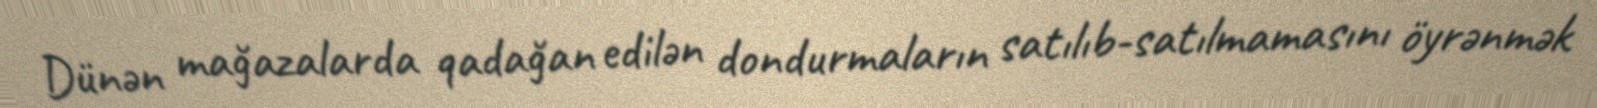
Dünən mağazalarda qadağan edilən dondurmaların satılıb-satılmamasını öyrənmək